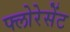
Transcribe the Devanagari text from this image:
फ्लोरेसेंट